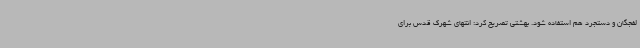
لفجگان و دستجرد هم استفاده شود. بهشتی تصریح کرد: انتهای شهرک قدس برای